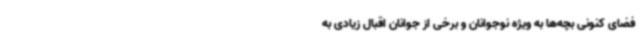
فضای کنونی بچه‌ها به ویژه نوجوانان و برخی از جوانان اقبال زیادی به